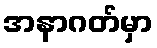
အနာဂတ်မှာ